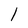
Character: l